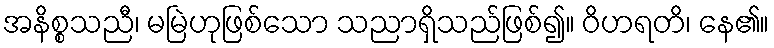
အနိစ္စသညီ၊ မမြဲဟုဖြစ်သော သညာရှိသည်ဖြစ်၍။ ဝိဟရတိ၊ နေ၏။